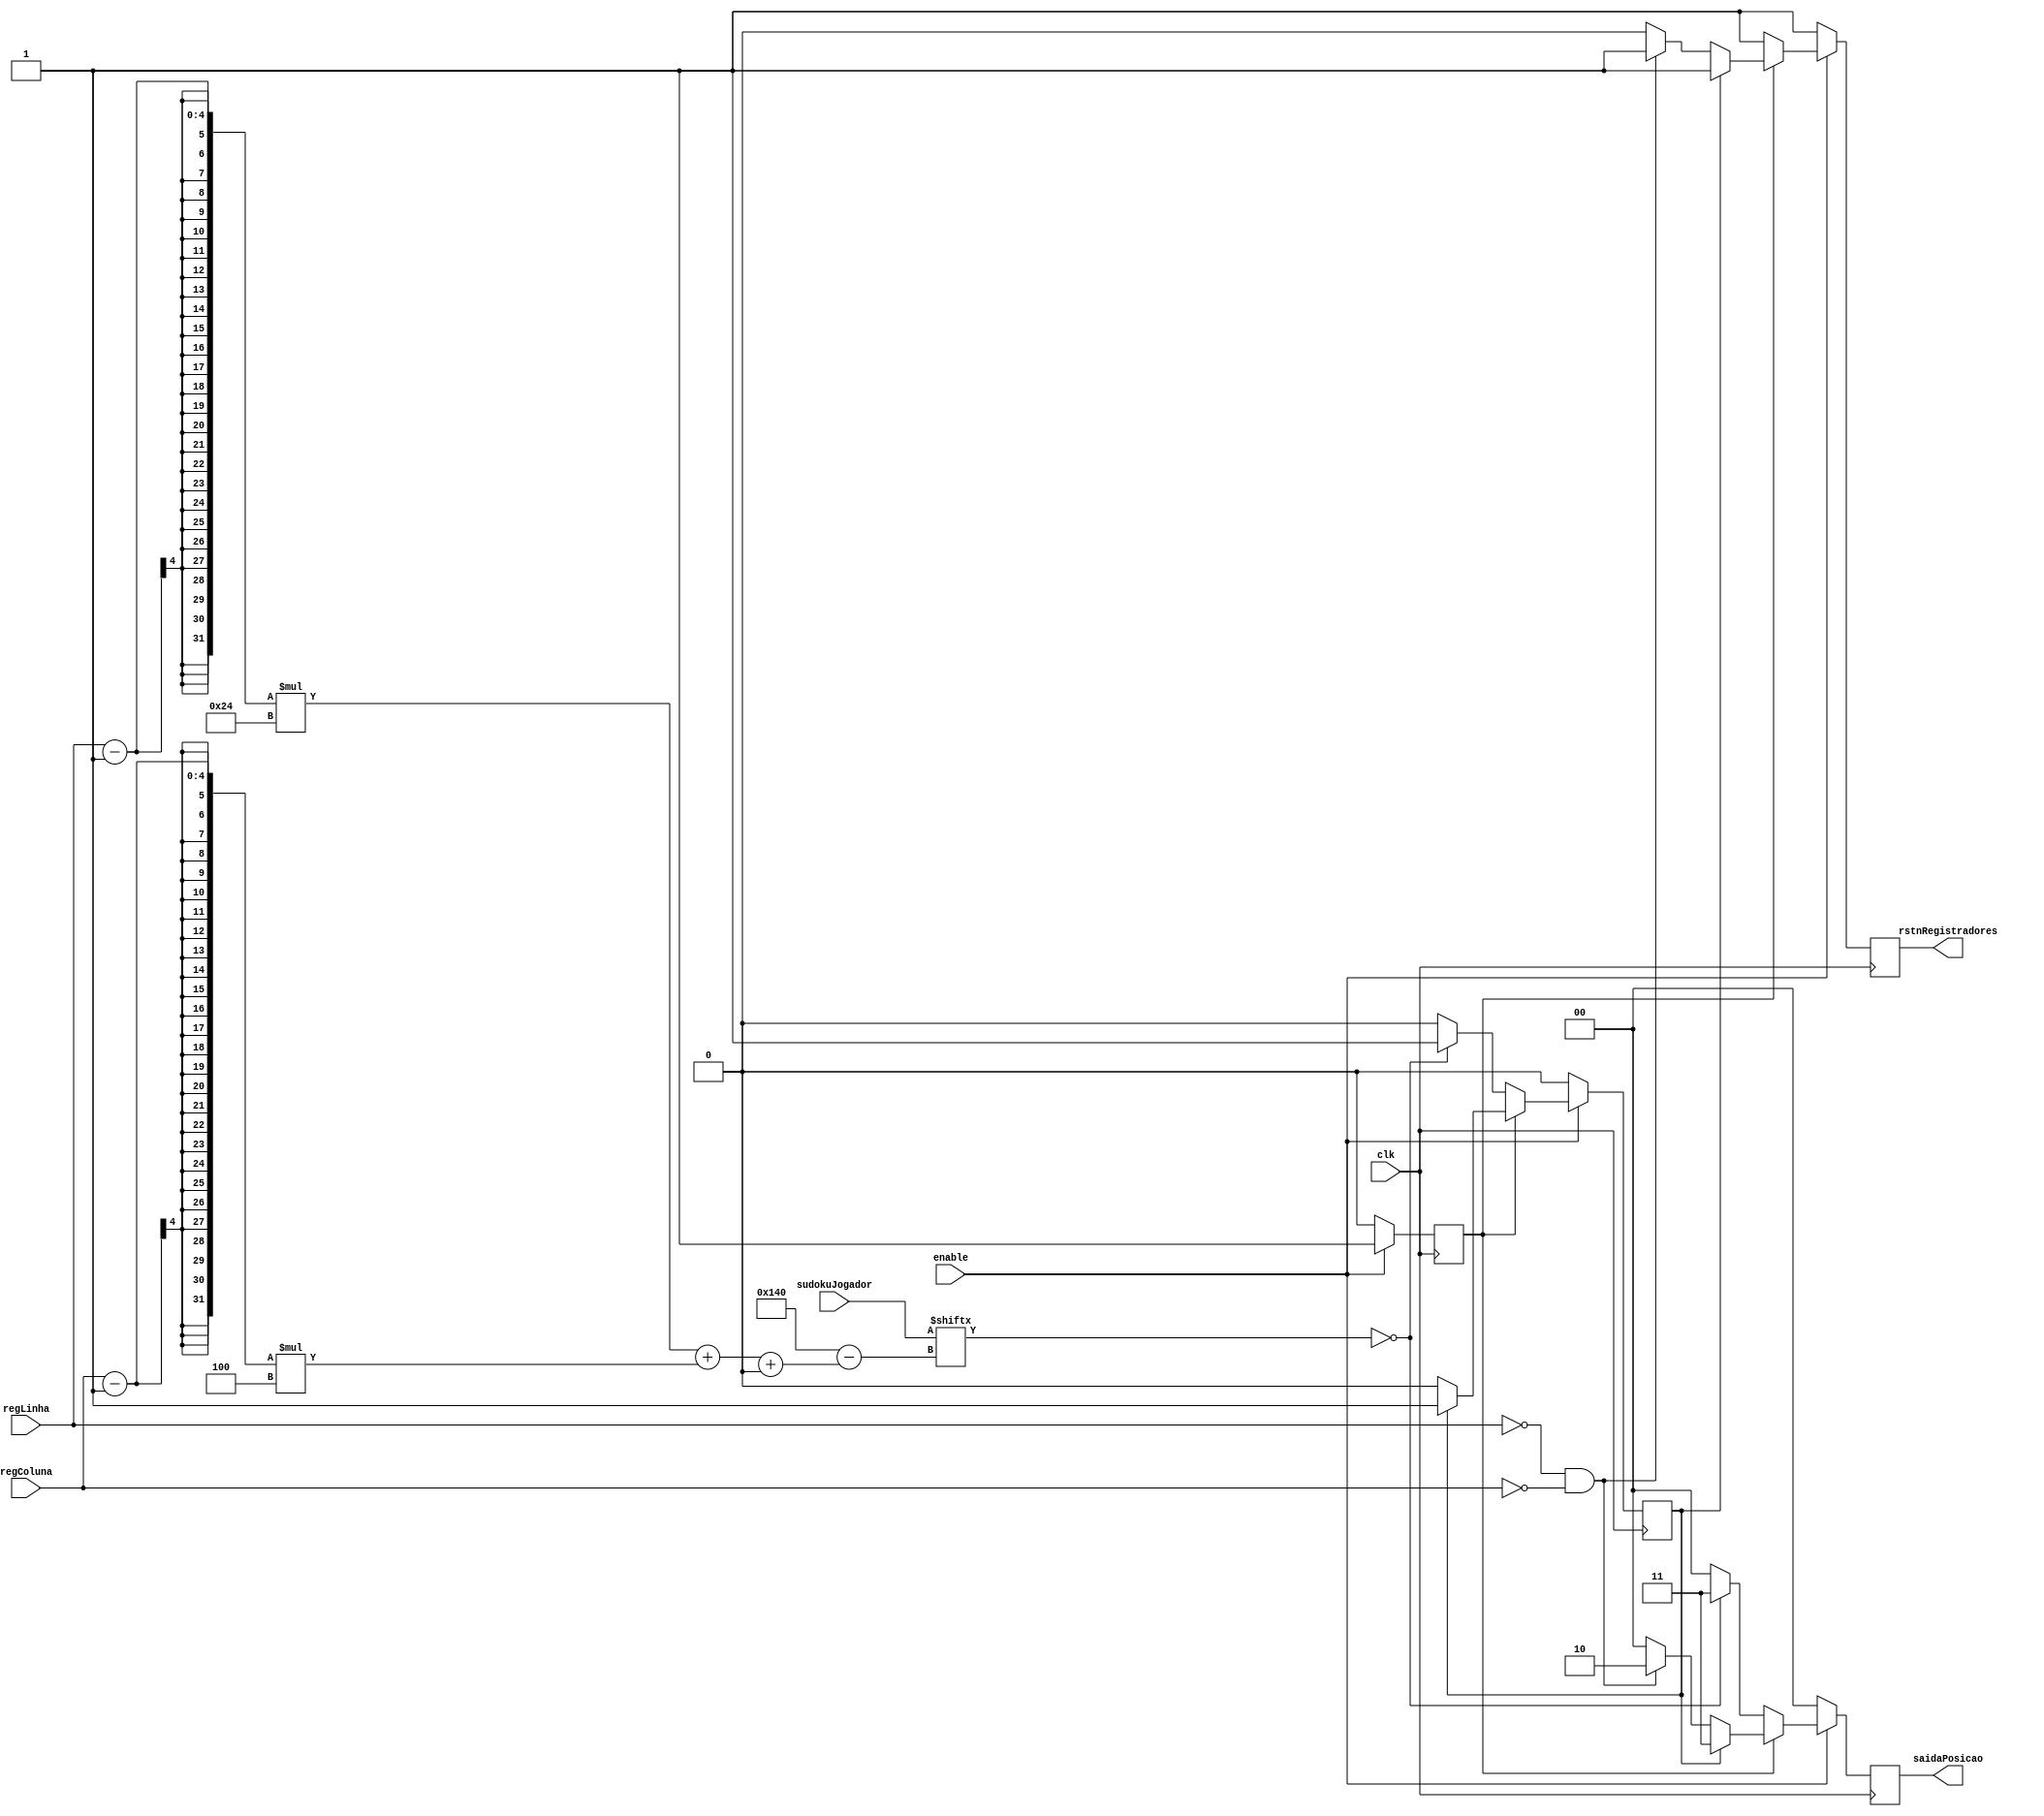
module VerificaPosicao(
	input wire clk, enable,
	input wire [3:0] regLinha, regColuna,
	input wire [0:323] sudokuJogador,
	output reg [1:0] saidaPosicao,
	output reg rstnRegistradores // reset posicao (linha e coluna)
);
	
	integer indexSudoku;
	reg jaVerificou = 1'b0, ehValida = 1'b0;


	always @ (posedge clk) begin // clock?
		if(enable) begin
			// verificar posicao
			if(!jaVerificou) begin
				
				// ainda nao verificou
				indexSudoku = (regLinha  - 1) * 36 + (regColuna  - 1) * 4;
				
				if(!sudokuJogador[indexSudoku +:4]) begin
					// pos valida
					rstnRegistradores <= 1'b1; // nao limpar registradores
					saidaPosicao <= 2'b11; // troca de estado no proximo clock
					ehValida <= 1'b1;
					jaVerificou <= 1'b1;
				end
				else begin
					saidaPosicao <= 2'b00; // limpa reg e aguarda para mudar de estado
					rstnRegistradores <= 1'b1;
					ehValida <= 1'b0;
					jaVerificou <= 1'b1;
				end
				
			end
			else begin
				 // garantir que os reg serao resetados antes de trocar estado
				 
				if(ehValida) begin
					rstnRegistradores <= 1'b1;
					saidaPosicao <= 2'b11;
					jaVerificou <= 1'b1;
					ehValida <= 1'b1;
				end
				else begin
				
					if(!regLinha && !regColuna) begin
						saidaPosicao <= 2'b10; // // troca de estado no proximo clock
						rstnRegistradores <= 1'b1;
						jaVerificou <= 1'b1;
						ehValida <= 1'b0;
					end
					
					else begin
						saidaPosicao <= 2'b00;
						rstnRegistradores <= 1'b0; // resetar registradores
						jaVerificou <= 1'b1;
						ehValida <= 1'b0;
					end	
				
				end				
			end
			
		end
		else begin
			rstnRegistradores <= 1'b1;
			saidaPosicao <= 2'b00; // nao impacta reg (depende do mesmo enable)
			jaVerificou <= 1'b0;
			ehValida <= 1'b0;
		end
	end

endmodule